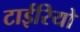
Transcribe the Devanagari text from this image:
टाईरियो